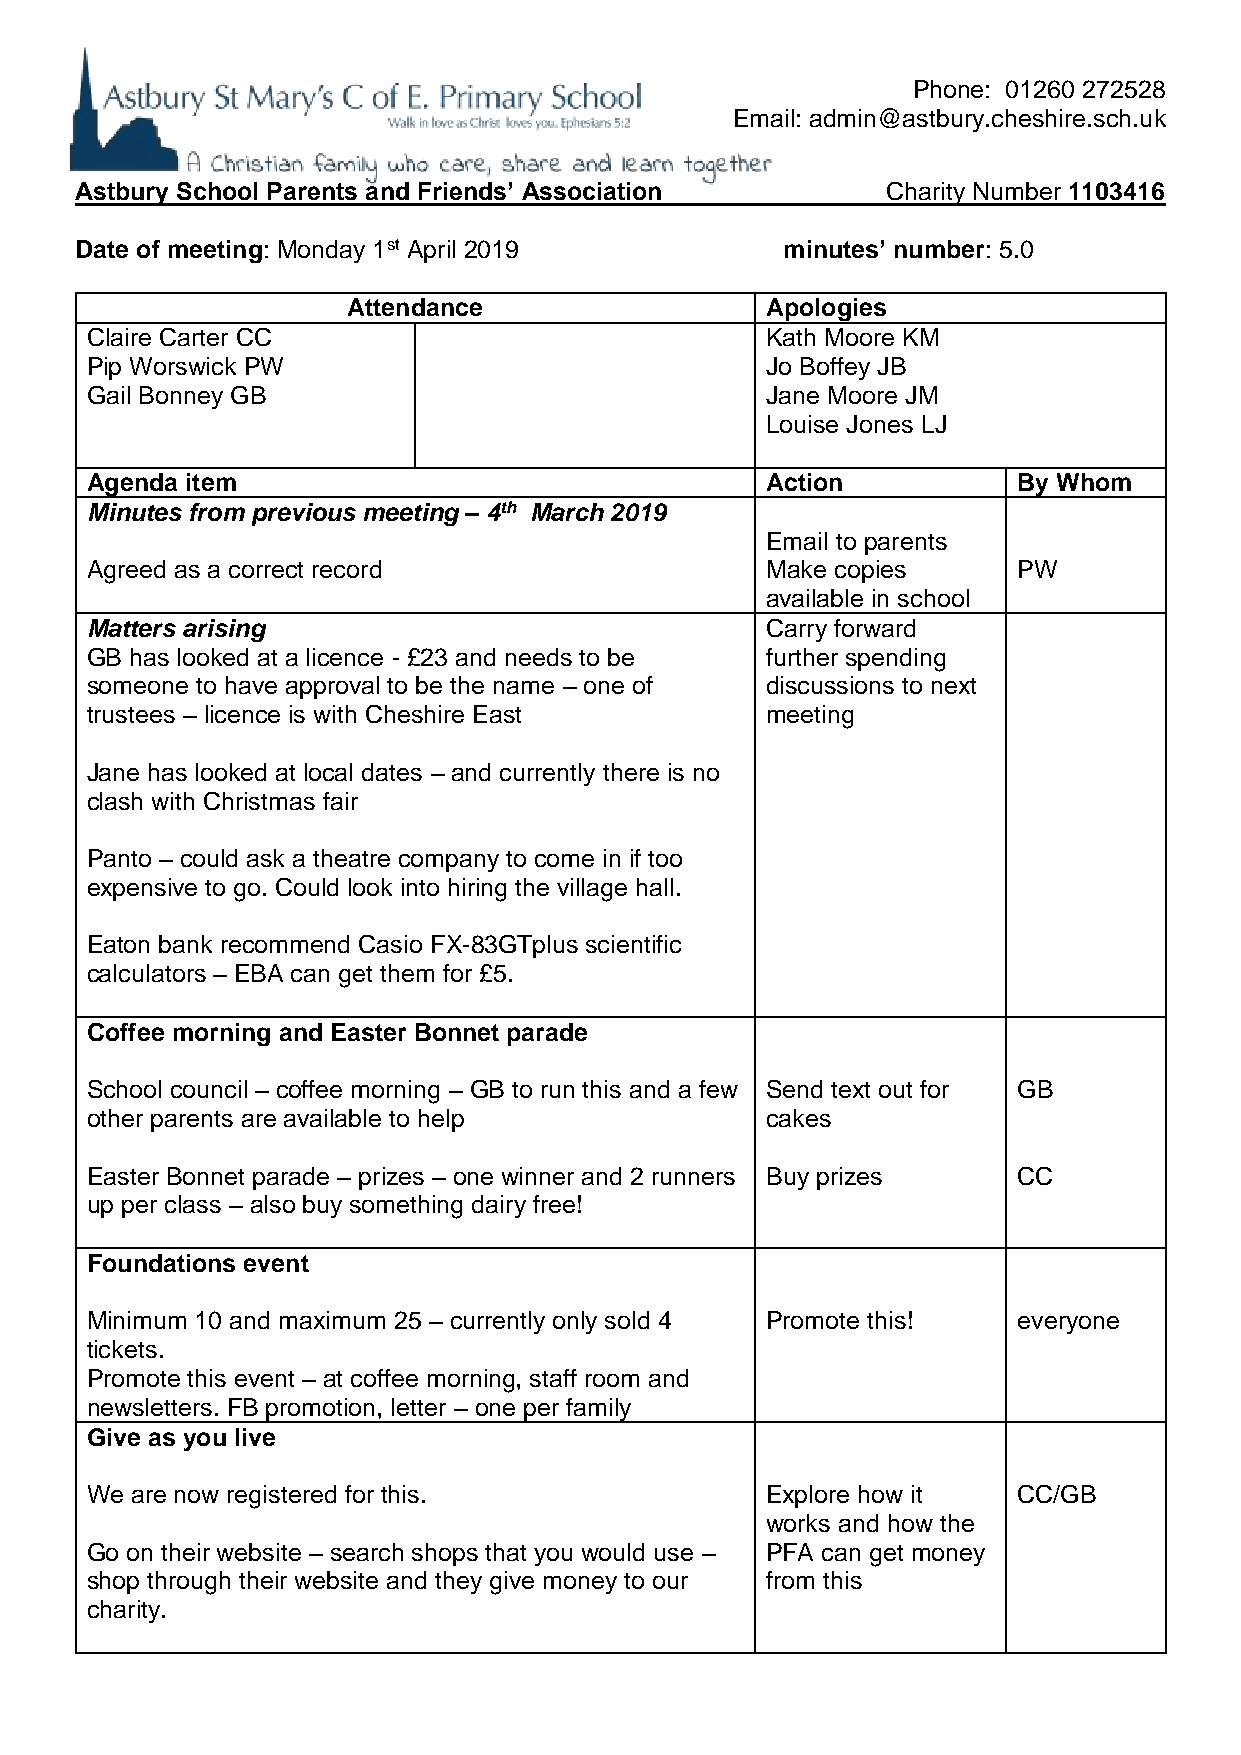
Phone: 01260 272528
 Email: admin@astbury.cheshire.sch.uk
 Astbury School Parents and Friends’ Association       Charity Number 1103416
 Date of meeting: Monday 1st April 2019         minutes’ number: 5.0
 Attendance                  Apologies
 Claire Carter CC                             Kath Moore KM
 Pip Worswick PW                              Jo Boffey JB
 Gail Bonney GB                               Jane Moore JM
 Louise Jones LJ
 Agenda item                                  Action          By Whom
 Minutes from previous meeting – 4th March 2019
 Email to parents
 Agreed as a correct record                   Make copies     PW
 available in school
 Matters arising                              Carry forward
 GB has looked at a licence - £23 and needs to be further spending
 someone to have approval to be the name – one of discussions to next
 trustees – licence is with Cheshire East     meeting
 Jane has looked at local dates – and currently there is no
 clash with Christmas fair
 Panto – could ask a theatre company to come in if too
 expensive to go. Could look into hiring the village hall.
 Eaton bank recommend Casio FX-83GTplus scientific
 calculators – EBA can get them for £5.
 Coffee morning and Easter Bonnet parade
 School council – coffee morning – GB to run this and a few Send text out for GB
 other parents are available to help          cakes
 Easter Bonnet parade – prizes – one winner and 2 runners Buy prizes CC
 up per class – also buy something dairy free!
 Foundations event
 Minimum 10 and maximum 25 – currently only sold 4 Promote this! everyone
 tickets.
 Promote this event – at coffee morning, staff room and
 newsletters. FB promotion, letter – one per family
 Give as you live
 We are now registered for this.              Explore how it  CC/GB
 works and how the
 Go on their website – search shops that you would use – PFA can get money
 shop through their website and they give money to our from this
 charity.